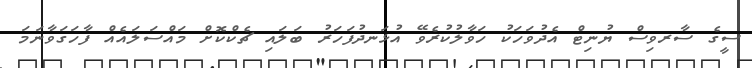
ސީގެ ސާރވިސް ޔުނިޓް އެދުވަހަކު ހަވާލުކުރެވޭ އުޅަނދުފަހަރު ބަލައި ޗެކްކޮށް މައްސަލައެއް ފާހަގަވާނަމަ